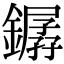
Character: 𨬖